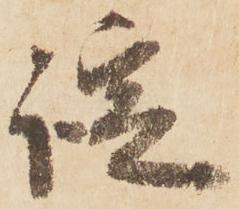
諚